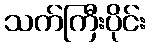
သက်ကြီးပိုင်း